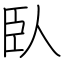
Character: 臥